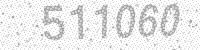
Solution: 511060